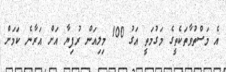
އެ މަސްތުވާތަކެތީގެ މަގުމަތީ އަގު 100 މިލިއަން ރުފިޔާ އަށް އަރާނެ ކަމަށް